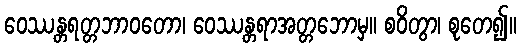
ဝေဿန္တရတ္တဘာဝတော၊ ဝေဿန္တရာအတ္တဘောမှ။ စဝိတွာ၊ စုတေ၍။